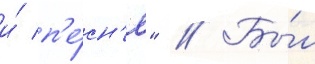
и́ п'е́сн'я" // Бы́л